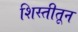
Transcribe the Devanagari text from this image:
शिस्तीतून